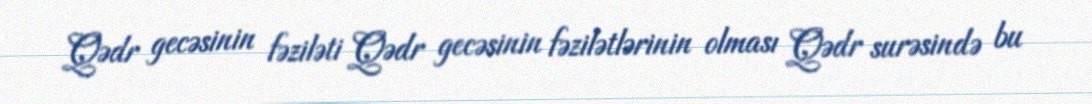
Qədr gecəsinin fəziləti Qədr gecəsinin fəzilətlərinin olması Qədr surəsində bu